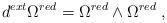
LaTeX: \begin{align*}d^{ext} \Omega^{red} = \Omega^{red} \wedge\Omega^{red} \;,\end{align*}